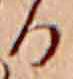
る